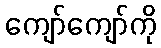
ကျော်ကျော်ကို